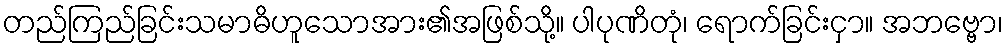
တည်ကြည်ခြင်းသမာဓိဟူသောအား၏အဖြစ်သို့။ ပါပုဏိတုံ၊ ရောက်ခြင်းငှာ။ အဘဗ္ဗော၊